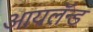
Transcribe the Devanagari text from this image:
आयलॅन्ड